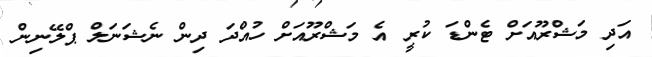
އަދި މަޝްރޫއަށް ޓެންޑަ ކުރީ އެ މަޝްރޫއަށް ހުއްދަ ދިން ނެޝަނަލް ޕްލޭނިން